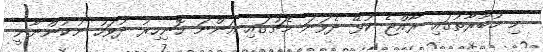
މި މުބާރާތުގައި ރާއްޖެ ކުޅޭ ދެވަނަ މެޗުގައި އަންނަ ހޮނިހިރު ދުވަހު ނުކުންނާނީ